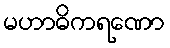
မဟာဓိကရဏော